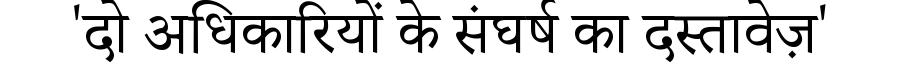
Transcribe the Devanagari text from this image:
'दो अधिकारियों के संघर्ष का दस्तावेज़'